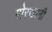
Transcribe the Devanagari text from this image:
गोरखानी